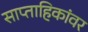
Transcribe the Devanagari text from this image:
साप्ताहिकांवर